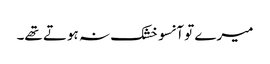
میرے تو آنسو خشک نہ ہوتے تھے۔